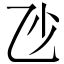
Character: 𠃣